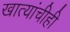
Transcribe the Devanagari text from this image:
खात्यांचीही